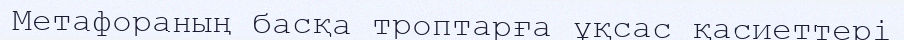
Метафораның басқа троптарға ұқсас қасиеттері